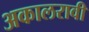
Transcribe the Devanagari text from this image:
अकालरावी